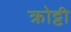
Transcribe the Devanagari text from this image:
क्रोट्टी